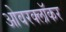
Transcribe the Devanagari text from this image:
ओवरक्लॉकर